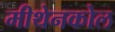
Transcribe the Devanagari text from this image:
मीथेनकोल